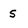
Character: s